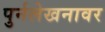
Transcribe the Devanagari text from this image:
पुर्नलेखनावर